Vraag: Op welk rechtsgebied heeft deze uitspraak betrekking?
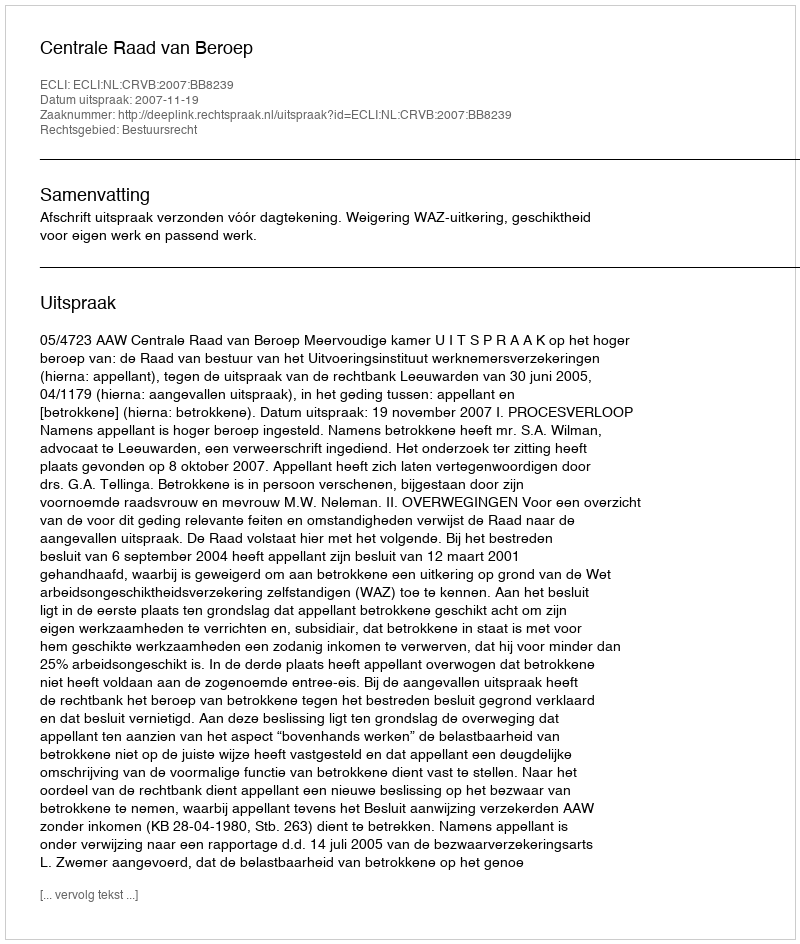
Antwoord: Bestuursrecht